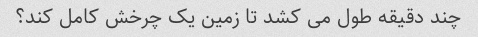
چند دقیقه طول می کشد تا زمین یک چرخش کامل کند؟